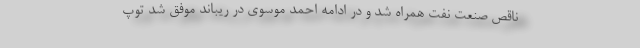
ناقص صنعت نفت همراه شد و در ادامه احمد موسوی در ریباند موفق شد توپ